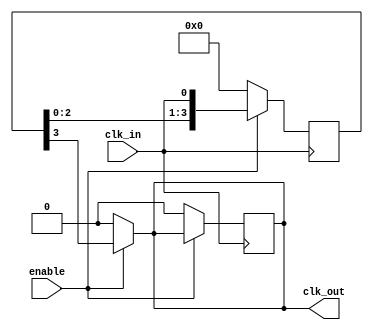
module DelayClockBuffer #(
    parameter DELAY_CYCLES = 4  // Configurable delay in clock cycles
)(
    input wire clk_in,           // Input clock signal
    input wire enable,           // Enable signal
    output reg clk_out           // Output delayed clock signal
);

    // Internal signal for storing delayed clock states
    reg [DELAY_CYCLES-1:0] delay_line;

    always @(posedge clk_in) begin
        if (enable) begin
            // Shift the clock signal through the delay line
            delay_line <= {delay_line[DELAY_CYCLES-2:0], clk_in};
        end else begin
            // Hold clk_out low when not enabled
            clk_out <= 1'b0;
            delay_line <= 0;  // Clear the delay line
        end
    end
    
    // Assign the output clock signal to the last stage of the delay line
    always @(*) begin
        clk_out = (enable) ? delay_line[DELAY_CYCLES-1] : 1'b0;
    end

endmodule